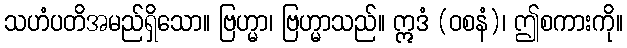
သဟံပတိအမည်ရှိသော။ ဗြဟ္မာ၊ ဗြဟ္မာသည်။ ဣဒံ (ဝစနံ)၊ ဤစကားကို။